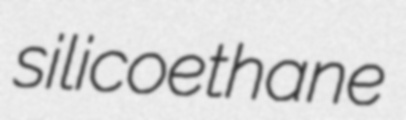
silicoethane